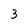
Character: 3